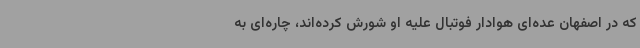
که در اصفهان عده‌ای هوادار فوتبال علیه او شورش کرده‌اند، چاره‌ای به